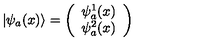
\vert \psi _ { a } ( x ) \rangle = \left( \begin{array} { c } { \psi _ { a } ^ { 1 } ( x ) } \\ { \psi _ { a } ^ { 2 } ( x ) } \\ \end{array} \right)